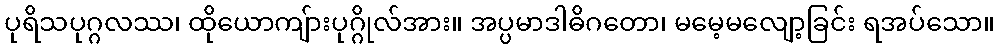
ပုရိသပုဂ္ဂလဿ၊ ထိုယောကျ်ားပုဂ္ဂိုလ်အား။ အပ္ပမာဒါဓိဂတော၊ မမေ့မလျော့ခြင်း ရအပ်သော။